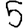
Digit: 5